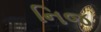
નિજ